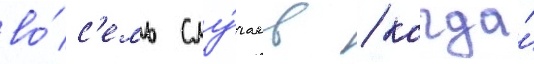
во́с'емь слу́чаев / когда́